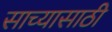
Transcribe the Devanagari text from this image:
साच्यासाठी